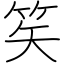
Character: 笶